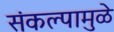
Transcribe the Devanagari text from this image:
संकल्पामुळे